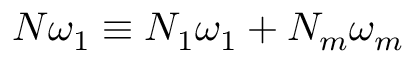
N \omega _ { 1 } \equiv N _ { 1 } \omega _ { 1 } + N _ { m } \omega _ { m }